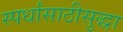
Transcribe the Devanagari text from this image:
स्पर्धांसाठीसुद्धा